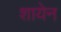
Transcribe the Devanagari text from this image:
शायेन